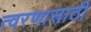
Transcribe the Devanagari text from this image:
त्वरणासाठी